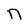
Character: n